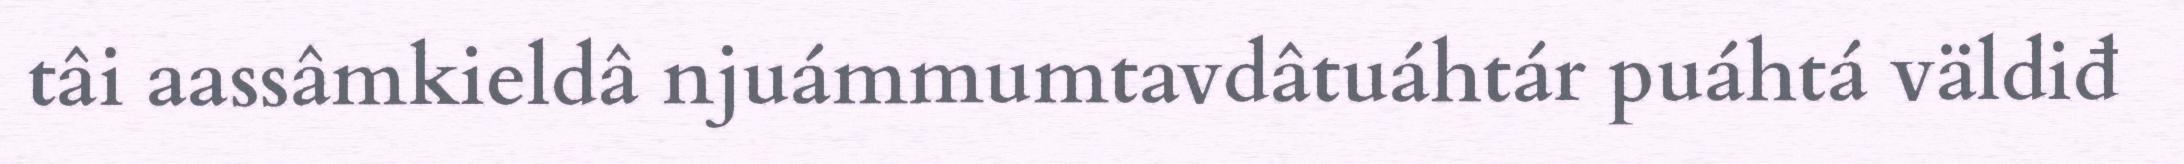
tâi aassâmkieldâ njuámmumtavdâtuáhtár puáhtá väldiđ